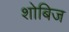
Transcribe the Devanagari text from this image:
शोबिज